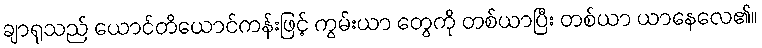
ချာရုသည် ယောင်တိယောင်ကန်းဖြင့် ကွမ်းယာ တွေကို တစ်ယာပြီး တစ်ယာ ယာနေလေ၏။